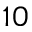
1 0